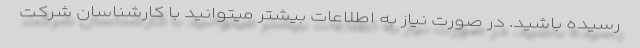
رسیده باشید. در صورت نیاز به اطلاعات بیشتر میتوانید با کارشناسان شرکت